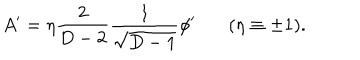
A ^ { \prime } = \eta { \frac { 2 } { D - 2 } } { \frac { 1 } { \sqrt { D - 1 } } } \phi ^ { \prime } \ \ \ ( \eta \equiv \pm 1 ) .